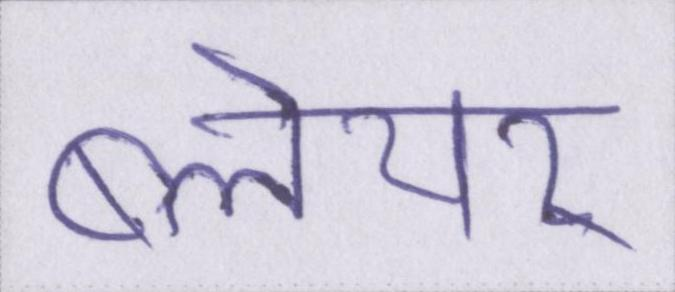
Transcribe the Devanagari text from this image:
ब्लेयर